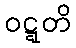
ဝဋ္ဋတိ